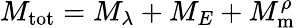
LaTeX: M_{\mathrm{tot}}=M_{\lambda}+M_{E}+M_{\mathrm{m}}^{\rho}